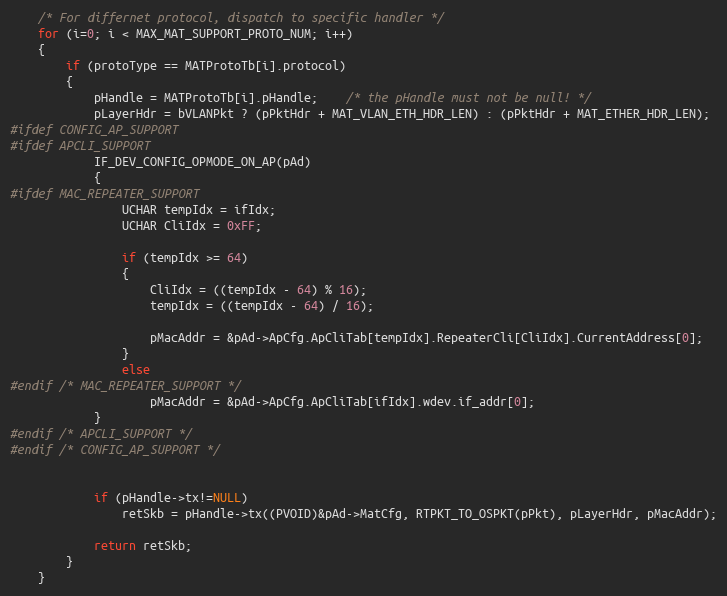
Language: C
	/* For differnet protocol, dispatch to specific handler */
	for (i=0; i < MAX_MAT_SUPPORT_PROTO_NUM; i++)
	{
		if (protoType == MATProtoTb[i].protocol)
		{
			pHandle = MATProtoTb[i].pHandle;	/* the pHandle must not be null! */
			pLayerHdr = bVLANPkt ? (pPktHdr + MAT_VLAN_ETH_HDR_LEN) : (pPktHdr + MAT_ETHER_HDR_LEN);
#ifdef CONFIG_AP_SUPPORT
#ifdef APCLI_SUPPORT
			IF_DEV_CONFIG_OPMODE_ON_AP(pAd)
			{
#ifdef MAC_REPEATER_SUPPORT
				UCHAR tempIdx = ifIdx;
				UCHAR CliIdx = 0xFF;

				if (tempIdx >= 64)
				{
					CliIdx = ((tempIdx - 64) % 16);
					tempIdx = ((tempIdx - 64) / 16);

					pMacAddr = &pAd->ApCfg.ApCliTab[tempIdx].RepeaterCli[CliIdx].CurrentAddress[0];
				}
				else
#endif /* MAC_REPEATER_SUPPORT */
					pMacAddr = &pAd->ApCfg.ApCliTab[ifIdx].wdev.if_addr[0];
			}
#endif /* APCLI_SUPPORT */
#endif /* CONFIG_AP_SUPPORT */

			if (pHandle->tx!=NULL)
				retSkb = pHandle->tx((PVOID)&pAd->MatCfg, RTPKT_TO_OSPKT(pPkt), pLayerHdr, pMacAddr);

			return retSkb;
		}
	}